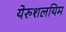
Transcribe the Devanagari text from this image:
येरुशलयिम